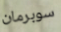
سوبرمان